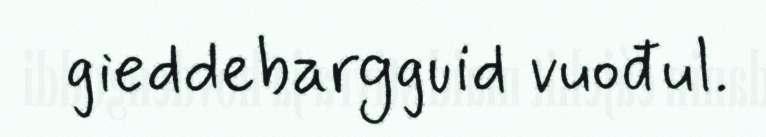
gieddebargguid vuođul.